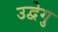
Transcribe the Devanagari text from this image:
उद्वेगु